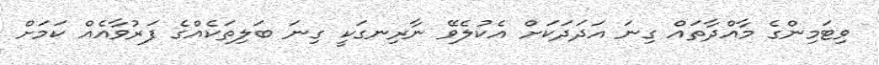
ވިޓަމިންގެ މާއްދާތައް ގިނަ އަދަދަކަށް އެކުލެވޭ ނާރިނގަކީ ގިނަ ބަލިތަކެއްގެ ފަރުވާއެއް ކަމަށް